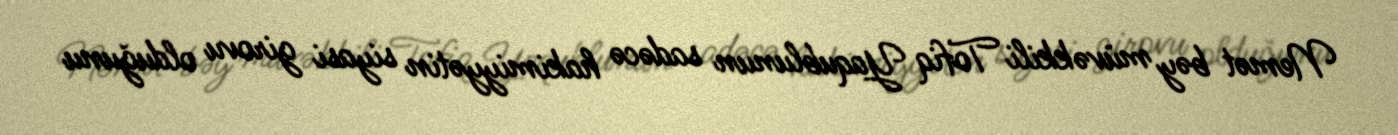
Nemət bəy müvəkkili Tofiq Yaqublunun sadəcə hakimiyyətin siyasi girovu olduğunu